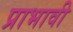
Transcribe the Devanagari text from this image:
प्राभावी